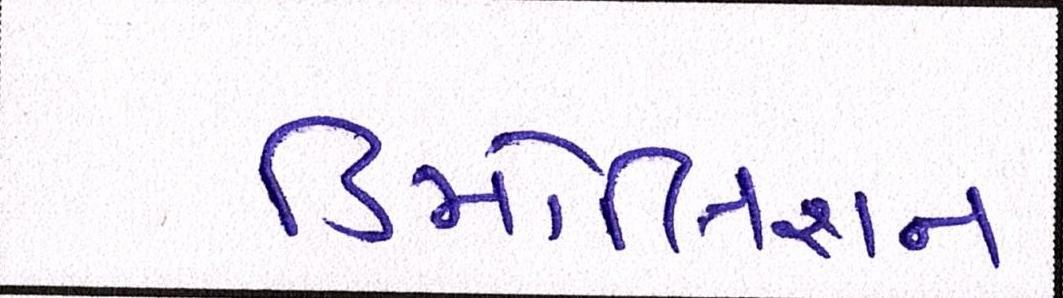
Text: ડિમોલિશન